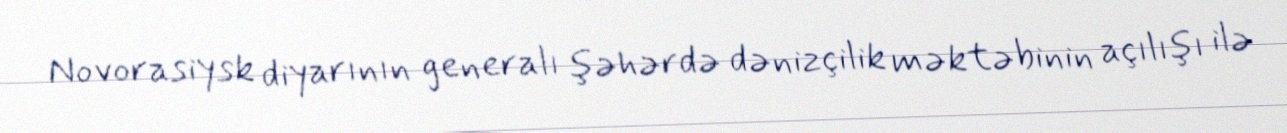
Novorasiysk diyarının generalı şəhərdə dənizçilik məktəbinin açılışı ilə